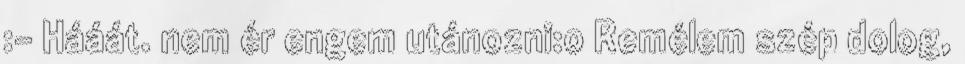
:- Hááát. nem ér engem utánozni:o Remélem szép dolog,